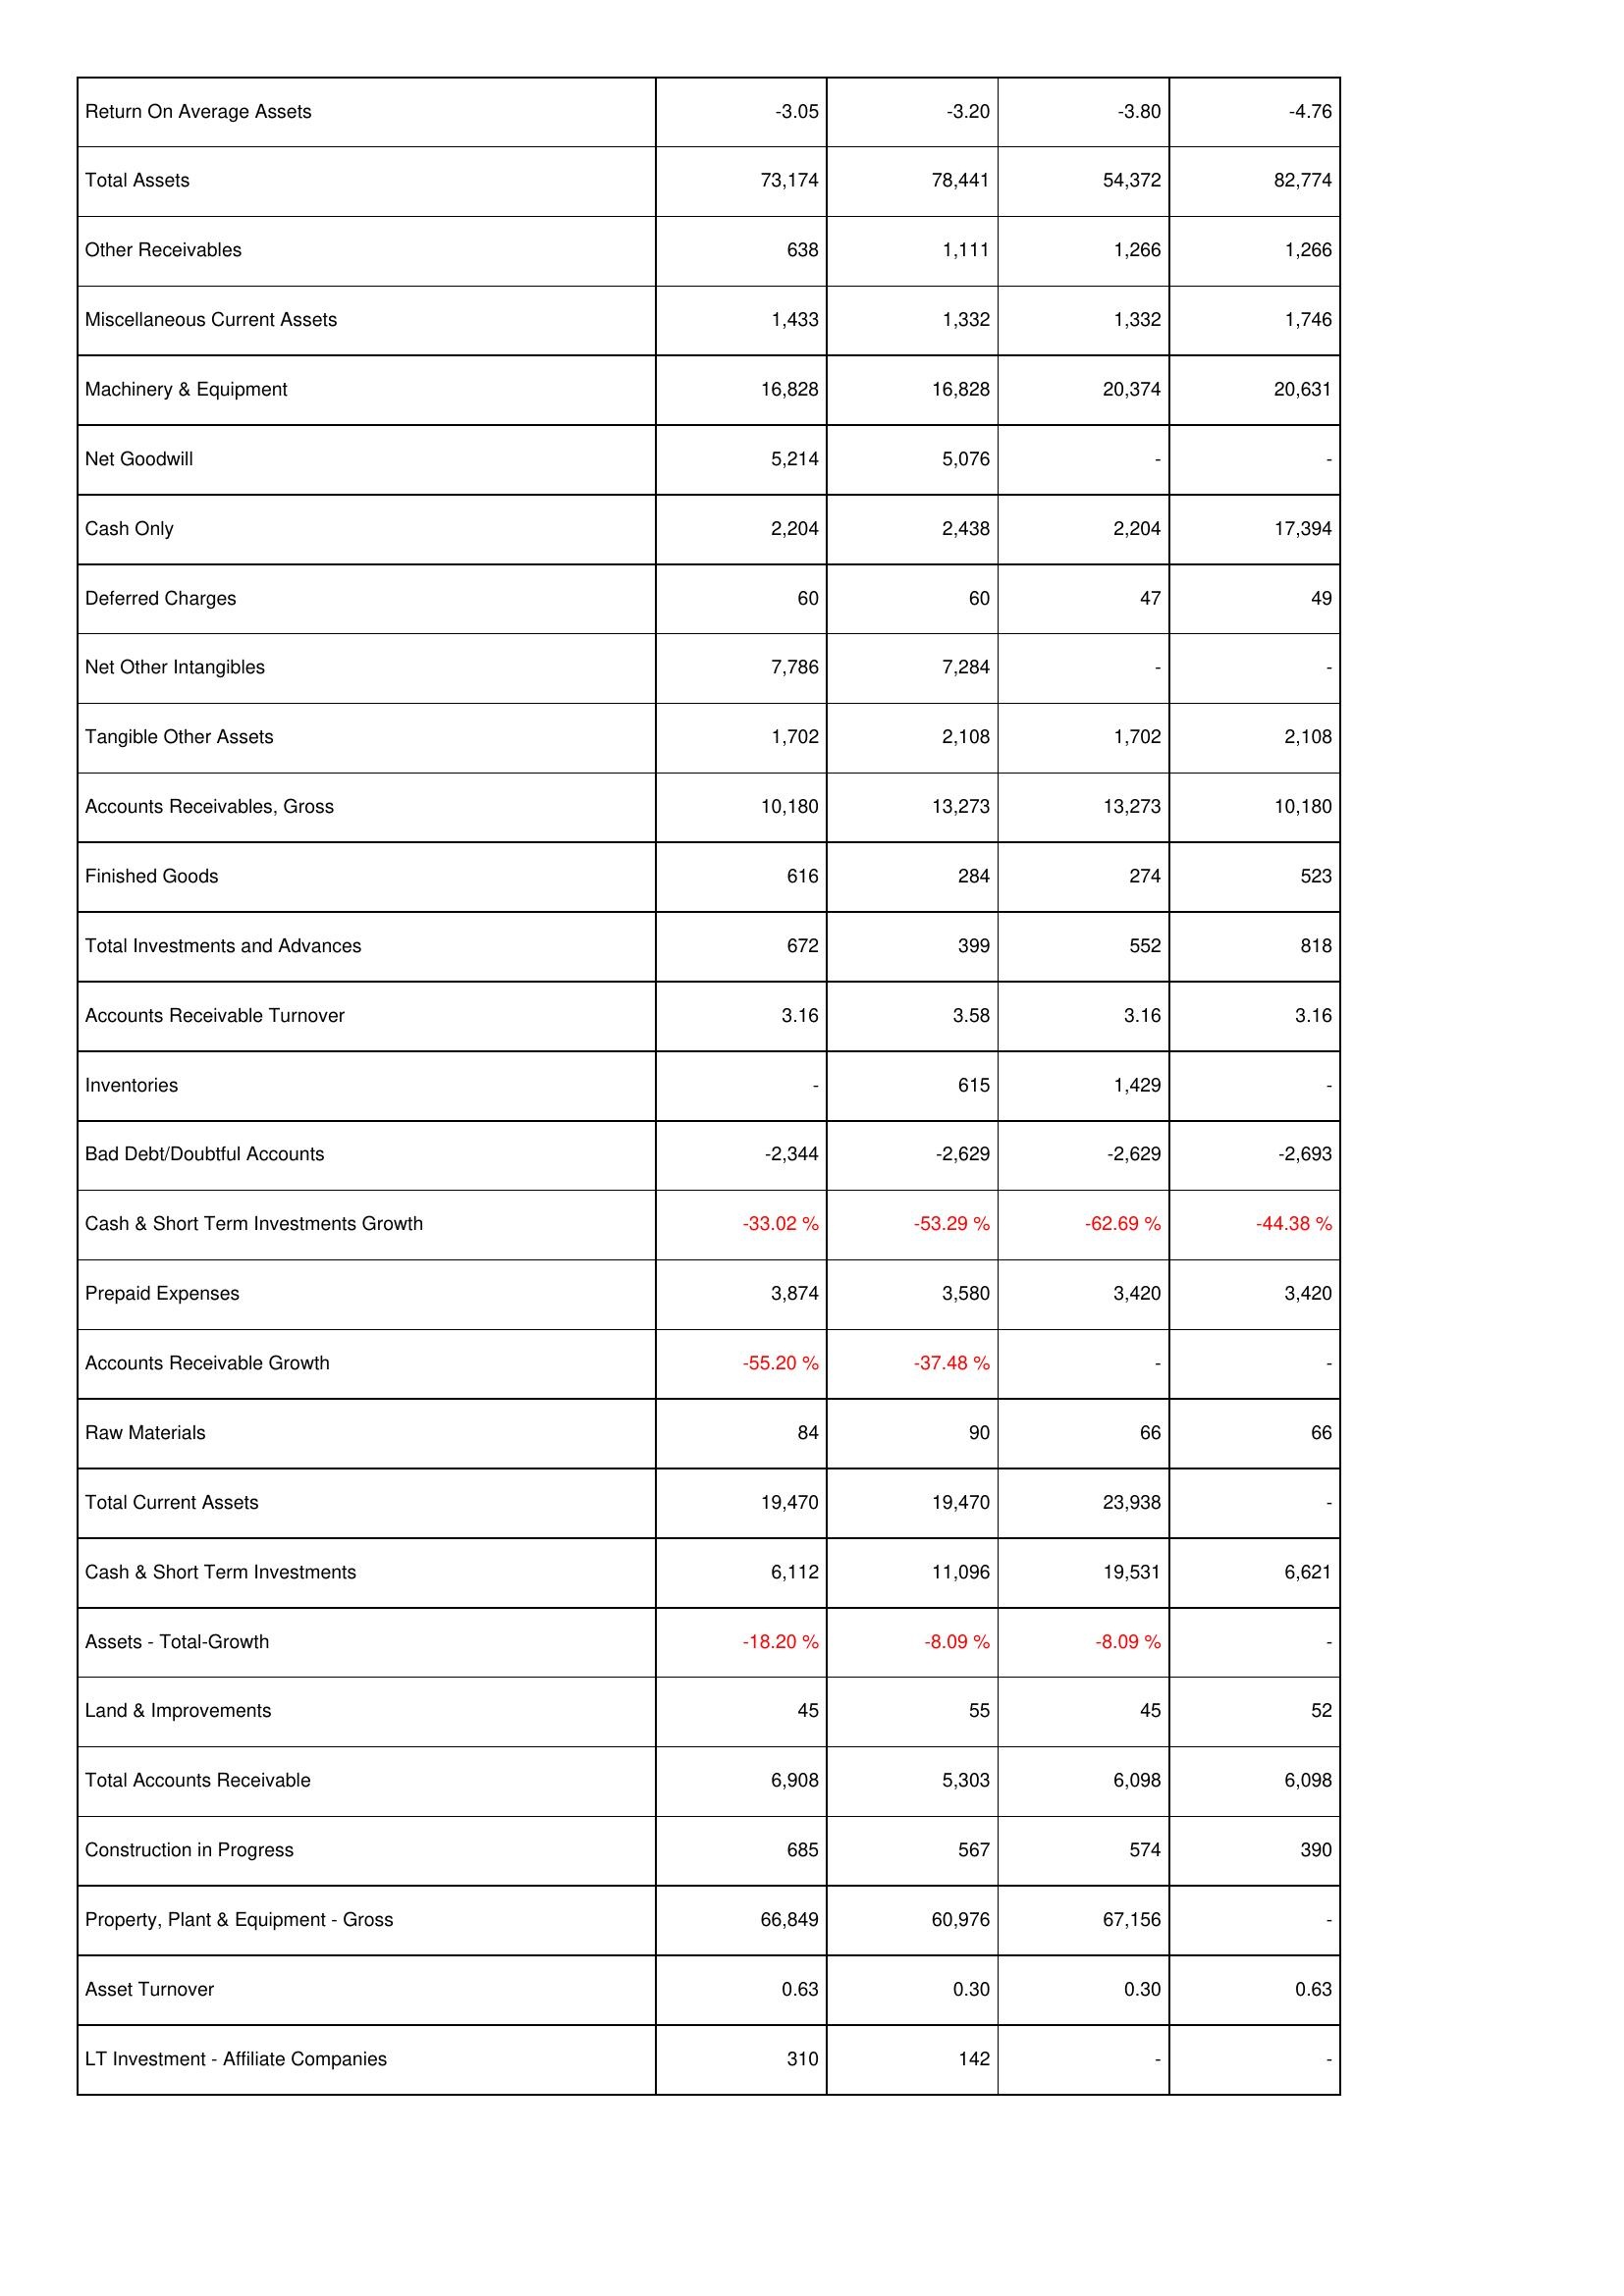
2009: Assets: Return On Average Assets: -3.05
Total Assets: 73,174
Other Receivables: 638
Miscellaneous Current Assets: 1,433
Machinery & Equipment: 16,828
Net Goodwill: 5,214
Cash Only: 2,204
Deferred Charges: 60
Net Other Intangibles: 7,786
Tangible Other Assets: 1,702
Accounts Receivables, Gross: 10,180
Finished Goods: 616
Total Investments and Advances: 672
Accounts Receivable Turnover: 3.16
Inventories: -
Bad Debt/Doubtful Accounts: -2,344
Cash & Short Term Investments Growth: -33.02 %
Prepaid Expenses: 3,874
Accounts Receivable Growth: -55.20 %
Raw Materials: 84
Total Current Assets: 19,470
Cash & Short Term Investments: 6,112
Assets - Total-Growth: -18.20 %
Land & Improvements: 45
Total Accounts Receivable: 6,908
Construction in Progress: 685
Property, Plant & Equipment - Gross: 66,849
Asset Turnover: 0.63
LT Investment - Affiliate Companies: 310
2008: Assets: Return On Average Assets: -3.20
Total Assets: 78,441
Other Receivables: 1,111
Miscellaneous Current Assets: 1,332
Machinery & Equipment: 16,828
Net Goodwill: 5,076
Cash Only: 2,438
Deferred Charges: 60
Net Other Intangibles: 7,284
Tangible Other Assets: 2,108
Accounts Receivables, Gross: 13,273
Finished Goods: 284
Total Investments and Advances: 399
Accounts Receivable Turnover: 3.58
Inventories: 615
Bad Debt/Doubtful Accounts: -2,629
Cash & Short Term Investments Growth: -53.29 %
Prepaid Expenses: 3,580
Accounts Receivable Growth: -37.48 %
Raw Materials: 90
Total Current Assets: 19,470
Cash & Short Term Investments: 11,096
Assets - Total-Growth: -8.09 %
Land & Improvements: 55
Total Accounts Receivable: 5,303
Construction in Progress: 567
Property, Plant & Equipment - Gross: 60,976
Asset Turnover: 0.30
LT Investment - Affiliate Companies: 142
2007: Assets: Return On Average Assets: -3.80
Total Assets: 54,372
Other Receivables: 1,266
Miscellaneous Current Assets: 1,332
Machinery & Equipment: 20,374
Net Goodwill: -
Cash Only: 2,204
Deferred Charges: 47
Net Other Intangibles: -
Tangible Other Assets: 1,702
Accounts Receivables, Gross: 13,273
Finished Goods: 274
Total Investments and Advances: 552
Accounts Receivable Turnover: 3.16
Inventories: 1,429
Bad Debt/Doubtful Accounts: -2,629
Cash & Short Term Investments Growth: -62.69 %
Prepaid Expenses: 3,420
Accounts Receivable Growth: -
Raw Materials: 66
Total Current Assets: 23,938
Cash & Short Term Investments: 19,531
Assets - Total-Growth: -8.09 %
Land & Improvements: 45
Total Accounts Receivable: 6,098
Construction in Progress: 574
Property, Plant & Equipment - Gross: 67,156
Asset Turnover: 0.30
LT Investment - Affiliate Companies: -
2006: Assets: Return On Average Assets: -4.76
Total Assets: 82,774
Other Receivables: 1,266
Miscellaneous Current Assets: 1,746
Machinery & Equipment: 20,631
Net Goodwill: -
Cash Only: 17,394
Deferred Charges: 49
Net Other Intangibles: -
Tangible Other Assets: 2,108
Accounts Receivables, Gross: 10,180
Finished Goods: 523
Total Investments and Advances: 818
Accounts Receivable Turnover: 3.16
Inventories: -
Bad Debt/Doubtful Accounts: -2,693
Cash & Short Term Investments Growth: -44.38 %
Prepaid Expenses: 3,420
Accounts Receivable Growth: -
Raw Materials: 66
Total Current Assets: -
Cash & Short Term Investments: 6,621
Assets - Total-Growth: -
Land & Improvements: 52
Total Accounts Receivable: 6,098
Construction in Progress: 390
Property, Plant & Equipment - Gross: -
Asset Turnover: 0.63
LT Investment - Affiliate Companies: -